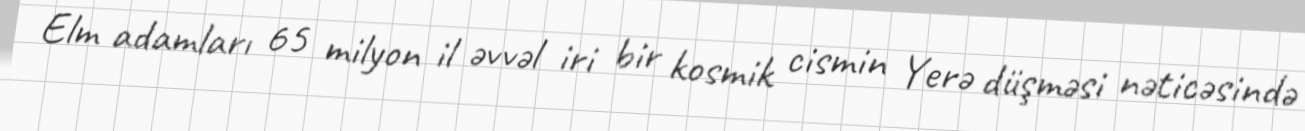
Elm adamları 65 milyon il əvvəl iri bir kosmik cismin Yerə düşməsi nəticəsində